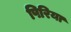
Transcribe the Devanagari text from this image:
पिरिया